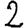
Digit: 2